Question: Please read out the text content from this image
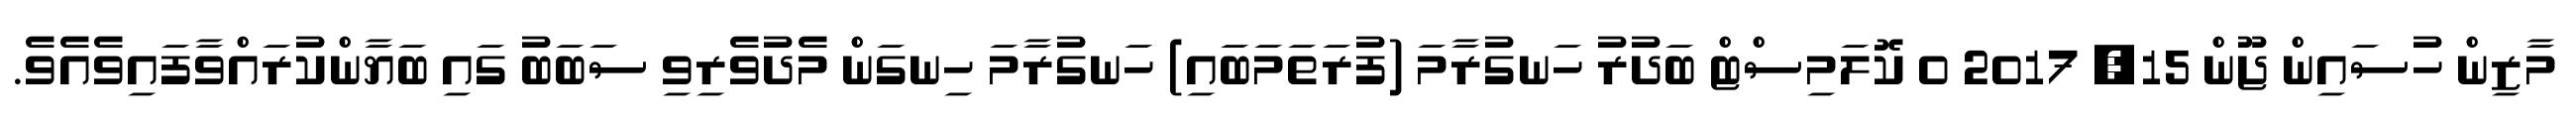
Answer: މާޒިން ހުސައިން ޖޫން 15, 2017 0 ކޮލަމިސްޓް ބަދުރު ހަނގުރާމަ (ފުރަތަމަބައި) ހަނގުރާމަ ހިނގަން މެދުވެރިވި ސަބަބު ގައި ބަޔާންކުރައްވާފައިވެއެވެ.